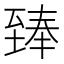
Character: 𮍣